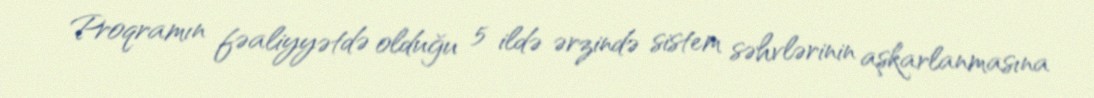
Proqramın fəaliyyətdə olduğu 5 ildə ərzində sistem səhvlərinin aşkarlanmasına